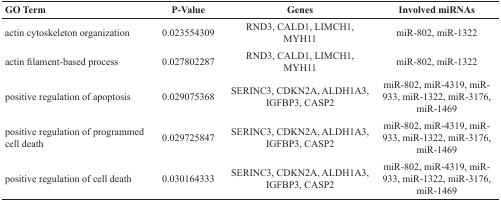
<table><thead><tr><td><b>GO Term</b></td><td><b>P-Value</b></td><td><b>Genes</b></td><td><b>Involved miRNAs</b></td></tr></thead><tbody><tr><td>actin cytoskeleton organization</td><td>0.023554309</td><td>RND3, CALD1, LIMCH1, MYH11</td><td>miR-802, miR-1322</td></tr><tr><td>actin filament-based process</td><td>0.027802287</td><td>RND3, CALD1, LIMCH1, MYH11</td><td>miR-802, miR-1322</td></tr><tr><td>positive regulation of apoptosis</td><td>0.029075368</td><td>SERINC3, CDKN2A, ALDH1A3, IGFBP3, CASP2</td><td>miR-802, miR-4319, miR-933, miR-1322, miR-3176, miR-1469</td></tr><tr><td>positive regulation of programmed cell death</td><td>0.029725847</td><td>SERINC3, CDKN2A, ALDH1A3, IGFBP3, CASP2</td><td>miR-802, miR-4319, miR-933, miR-1322, miR-3176, miR-1469</td></tr><tr><td>positive regulation of cell death</td><td>0.030164333</td><td>SERINC3, CDKN2A, ALDH1A3, IGFBP3, CASP2</td><td>miR-802, miR-4319, miR-933, miR-1322, miR-3176, miR-1469</td></tr></tbody></table>